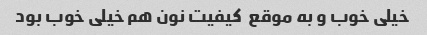
خیلی خوب و به موقع ‌ کیفیت نون هم خیلی خوب بود ‌